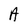
Character: A